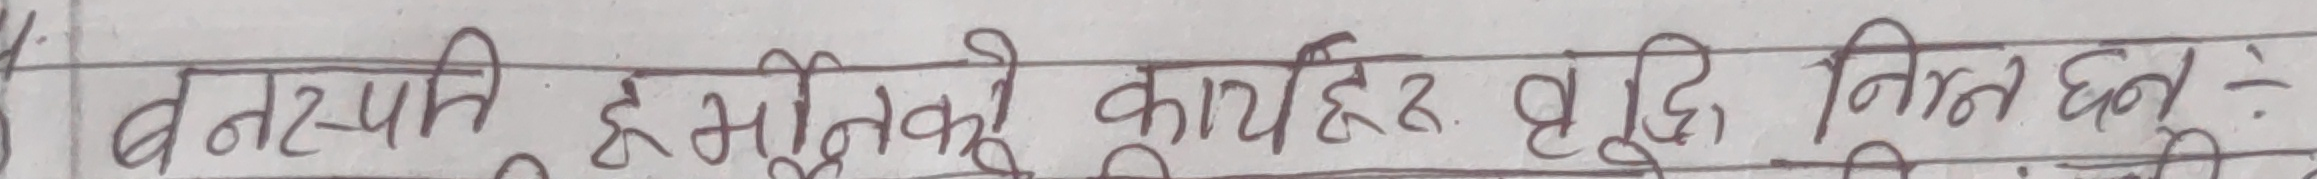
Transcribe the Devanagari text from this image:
वनस्पति हर्मोनको कार्यहरु वृद्धि, नियत छन्: